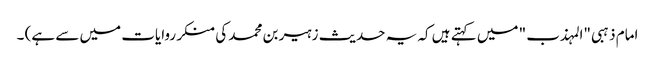
امام ذہبی "المہذب " میں کہتے ہیں کہ یہ حدیث زہیر بن محمد کی منکر روایات میں سے ہے) ۔